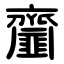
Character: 齏